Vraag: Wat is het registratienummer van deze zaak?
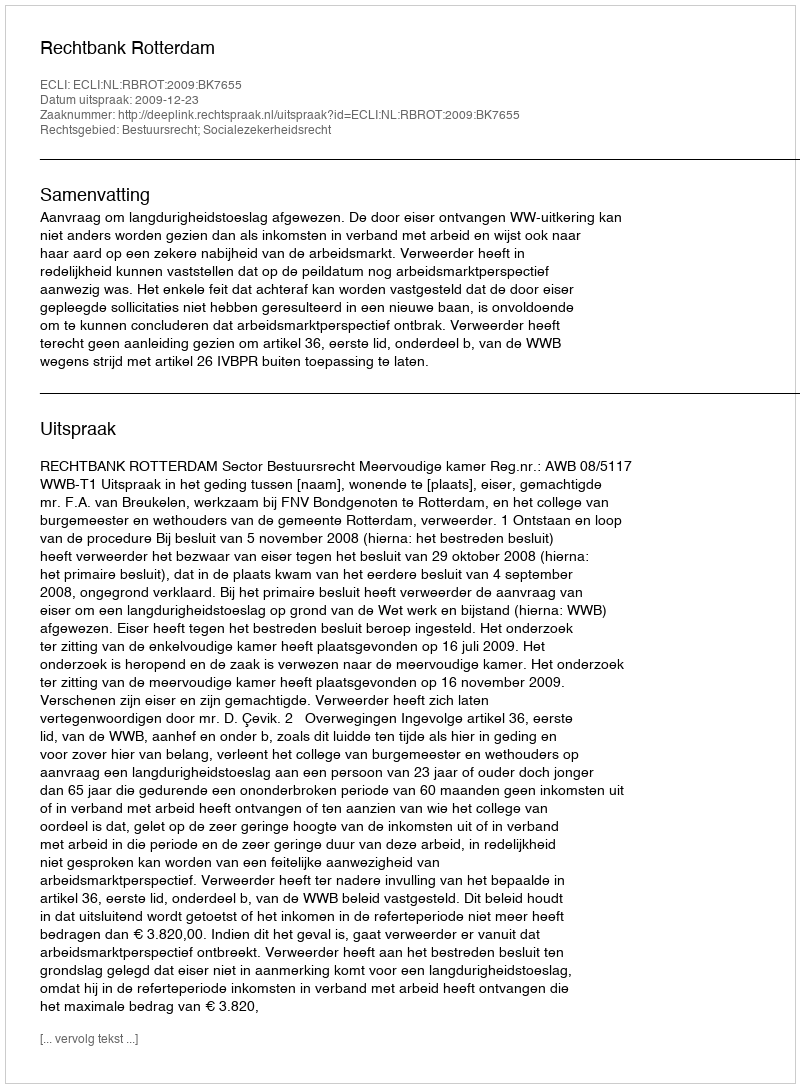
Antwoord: http://deeplink.rechtspraak.nl/uitspraak?id=ECLI:NL:RBROT:2009:BK7655